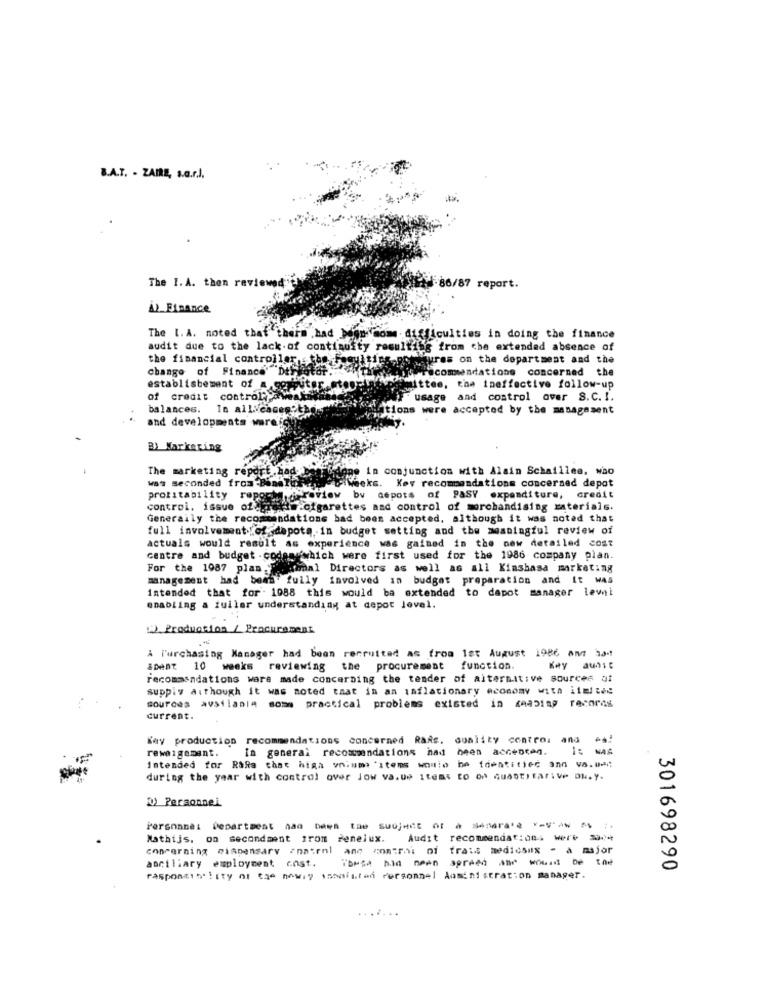
B.A.T. - ZAIRE, s.a.r.l.
The I. A. then review
5-86/87 report.
() Finance
The [. A. noted that therm had been some difficulties in doing the finance
audit due to the lack of continuity resulting from the extended absence of
the financial controller, the Facul ties Pleure
postures on the department and the
change of Finance Dellatat.
recommendations concerned the
establisbement of a goniput
mittee, the ineffective follow-up
of credit control awake
"usage and control over S.C. I.
balances.
In all cases the.
chations were accepted by the management
and developments ware!
B) Markering
Wat Seconded fromthis blog in conjunction with Alain Schaillee, who
The marketing report had
FiWeeks. Kev recommandations concerned depot
profitability
Preview bv depots of PASY expenditure, credit
control. issue of lima cigarettes and control of merchandising zaterials.
Generally the recommendations bad been accepted, although it was noted that
full involvement ofdepots.in budget setting and the meaningful review of
actuals would result as experience was gained in the new detailed cost
centre and budget . codes which were first used for the 1986 company plan.
For the 1087 plan ramal Directors as well as all Kinshasa marketing
management had been fully involved in budget preparation and It WAS
intended that for. 1988 this would ba extended to dapot manager lewi
enabling a tuller understanding at depot level.
!). Production / Procurement
A Purchasing Manager had been recruited as from let August 1986 Amt 334
iDent 10 weeks reviewing the procurement function.
Key aunit
recommandations ware made concerning the tender of alternative sources af
supply a:though it was noted that in an inflationary economy with ilmited
sources avsilania som practical problems existed in ceaping records
current.
Key production recommendations concerned Rais. quality control and
rewei gement.
In general recommendations had been accenten.
Intended for Rafa that high vn:mm: 'items would be identified ann va.men
during the year with control over Jow va.ud Items to od Guastitarive Du.Y.
D) Personnel
Personnel Department had been tae subject of à sendra'? *- V'AN M ;.
Mathijs, on secondment from denelux.
Audit recommendations were =-
concerning miapensary ona:rnl ane contrai ni
frais medicsix - a major
70⑉5 5. 9een 39reed and wowid be the
aociliary employment cost.
301698290
responsibility of the newly ssonisten Personnel daministration manager.